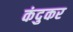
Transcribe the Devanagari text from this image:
कंदुकर